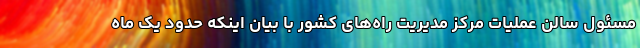
مسئول سالن عملیات مرکز مدیریت راه‌های کشور با بیان اینکه حدود یک ماه